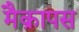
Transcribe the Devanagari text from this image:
मैक्रापस